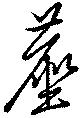
塵